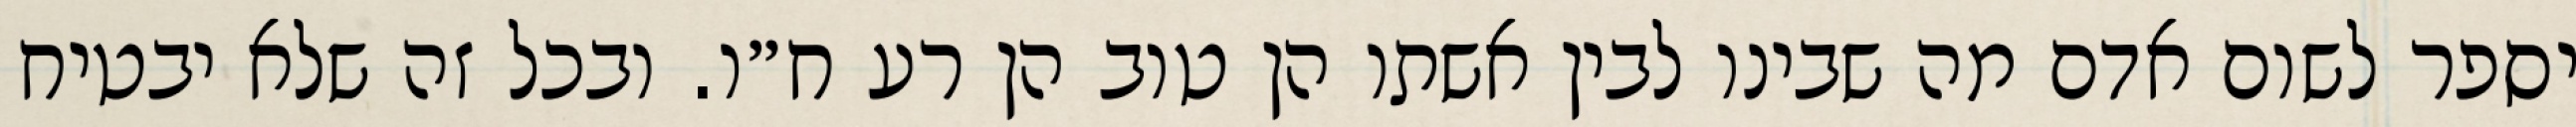
יספר לשום אדם מה שבינו לבין אשתו הן טוב הן רע ח״ו. ובכל זה שלא יבטיח